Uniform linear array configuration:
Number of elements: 32
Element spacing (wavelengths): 0.25
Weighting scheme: binomial
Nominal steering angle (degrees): -45
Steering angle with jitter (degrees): -44.119
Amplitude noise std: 0.05
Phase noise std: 0.05

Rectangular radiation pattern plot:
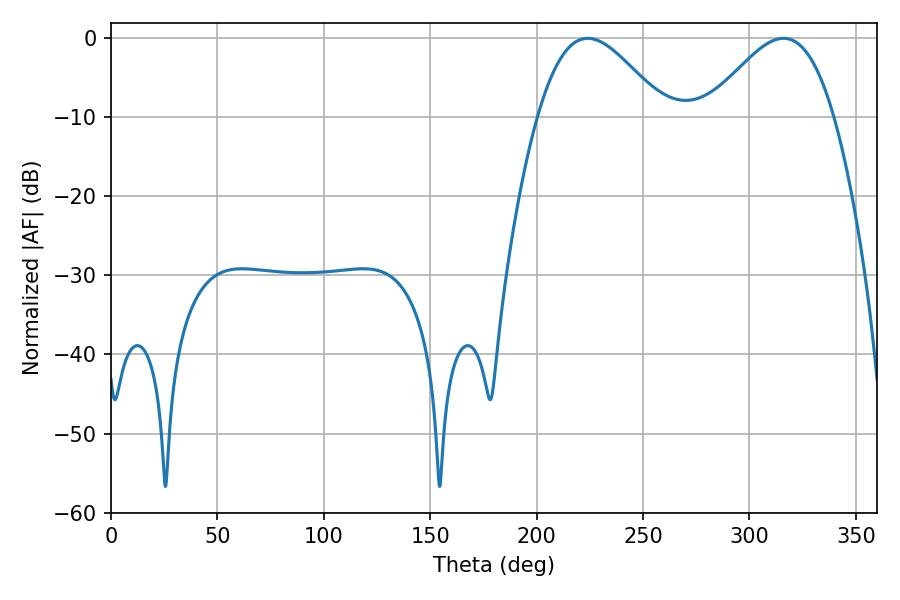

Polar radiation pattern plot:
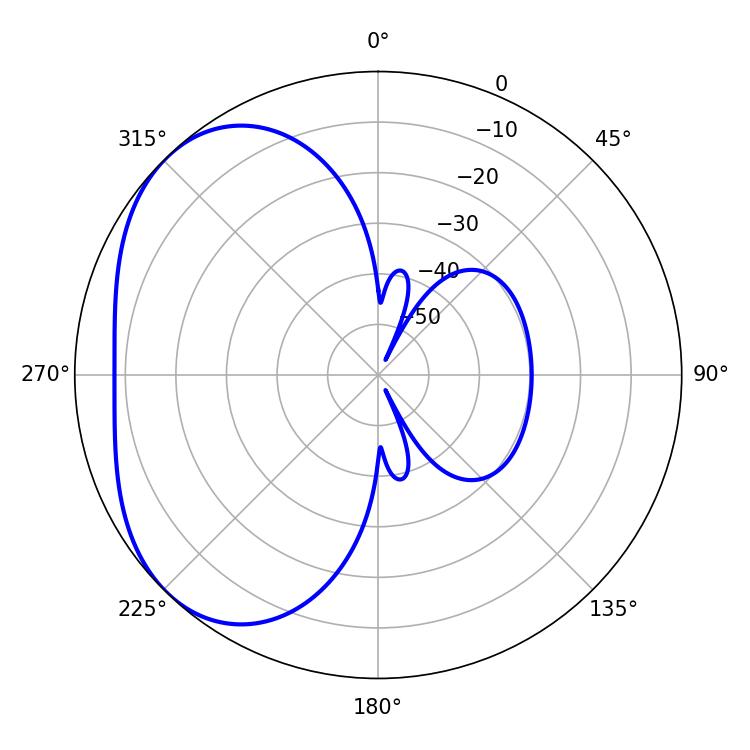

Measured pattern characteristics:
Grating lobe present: FALSE
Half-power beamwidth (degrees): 31.86
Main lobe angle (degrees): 223.92